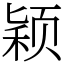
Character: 颖